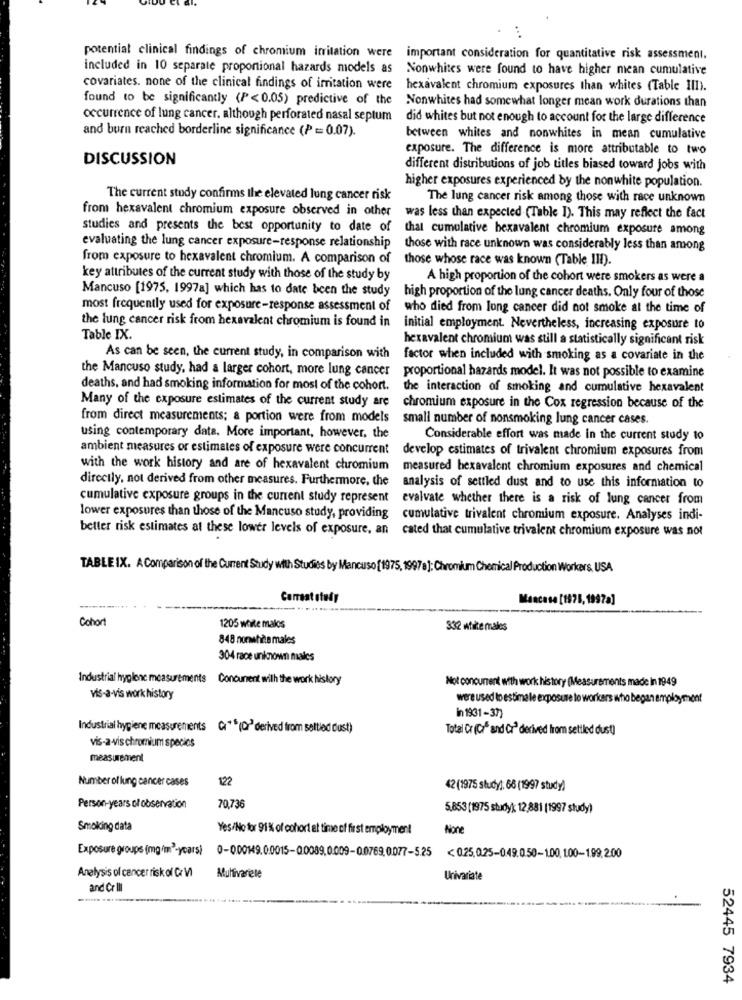
potential clinical findings of chromium irritation were important consideration for quantitative risk assessment.
included in 10 separate proportional hazards models as
Nonwhites were found to have higher mean cumulative
covariates. none of the clinical findings of irritation were
hexavalent chromium exposures than whites (Table III).
found to be significantly (P<0.05) predictive of the
Nonwhites had somewhat longer mean work durations than
occurrence of lung cancer. although perforated nasal septum
did whites but not enough to account for the large difference
and burn reached borderline significance (P = 0.07).
between whites and nonwhites in mean cumulative
exposure. The difference is more attributable to two
DISCUSSION
different distributions of job titles biased toward jobs with
higher exposures experienced by the nonwhite population.
The current study confirms the elevated lung cancer risk
The lung cancer risk among those with race unknown
from hexavalent chromium exposure observed in other
was less than expected (Table I). This may reflect the fact
studies and presents the best opportunity to date of
that cumulative hexavalent chromium exposure among
evaluating the lung cancer exposure-response relationship
those with race unknown was considerably less than among
from exposure to hexavalent chromium. A comparison of
those whose race was known (Table III).
key attributes of the current study with those of the study by
A high proportion of the cohort were smokers as were a
Mancuso [1975, 1997a] which has to date been the study
high proportion of the lung cancer deaths. Only four of those
most frequently used for exposure-response assessment of
who died from long cancer did not smoke at the time of
the lung cancer risk from hexavalent chromium is found in
initial employment. Nevertheless, increasing exposure to
Table IX.
hexavalent chromium was still a statistically significant risk
As can be seen, the current study, in comparison with
factor when included with smoking as a covariate in the
the Mancuso study, had a larger cohort, more lung cancer proportional hazards model. It was not possible to examine
deaths, and had smoking information for most of the cohort.
the interaction of smoking and cumulative hexavalent
Many of the exposure estimates of the current study are
chromium exposure in the Cox regression because of the
from direct measurements; & portion were from models
small number of nonsmoking lung cancer cases.
using contemporary date. More important, however, the
Considerable effort was made in the current study to
ambient measures or estimates of exposure were concurrent
develop estimates of trivalent chromium exposures from
with the work history and are of hexavalent chromium
measured hexavalent chromium exposures and chemical
directly, not derived from other measures. Furthermore, the
analysis of settled dust and to use this information to
cumulative exposure groups in the current study represent
evalvate whether there is a risk of lung cancer from
lower exposures than those of the Mancuso study, providing
cumulative trivalent chromium exposure. Analyses indi-
better risk estimates at these lower levels of exposure, an cated that cumulative trivalent chromium exposure was not
TABLE IX. AComparison of the Current Study with Studies by Mancuso [1975, 1997 8]: Chromium Chemical Production Workers. USA
Carraat study
Mancase [1975, 1997a]
Cohort
1205 wcite malos
332 wtikte males
848 norwehide males
304 race unknown males
Industrial hyglene measurements Concurent with the work history
Not concurrent with work history (Measurements made In 1949
Vis-a-vis work history
were used to estima le exposure to workers who began employment
In 1931-37)
Industrial hygiene measurements Cr" (Or' derived from settled dust)
Total Cr (C/* and Cr" derived from settled dust)
vis-a-vis chromium species
measurement
Number of lung cancer cases
122
42 (1975 study): 66 (1997 study)
Person-years of observation
70,736
5,853 (1975 study) 12,881 (1997 study)
Smoking data
Yes/No for 91 % of cohort at time of first employment
Exposure groups (mg/m"-ycarsi
0-0.00149.0.0015-00089.0.009-0.0769.0077-5.25 < 0.25.0.25-0.49.050-100,100-1.99,200
Analysis of cancer risk of Cr VI
Muhivarete
Univariate
and Cr ll
52445 7934